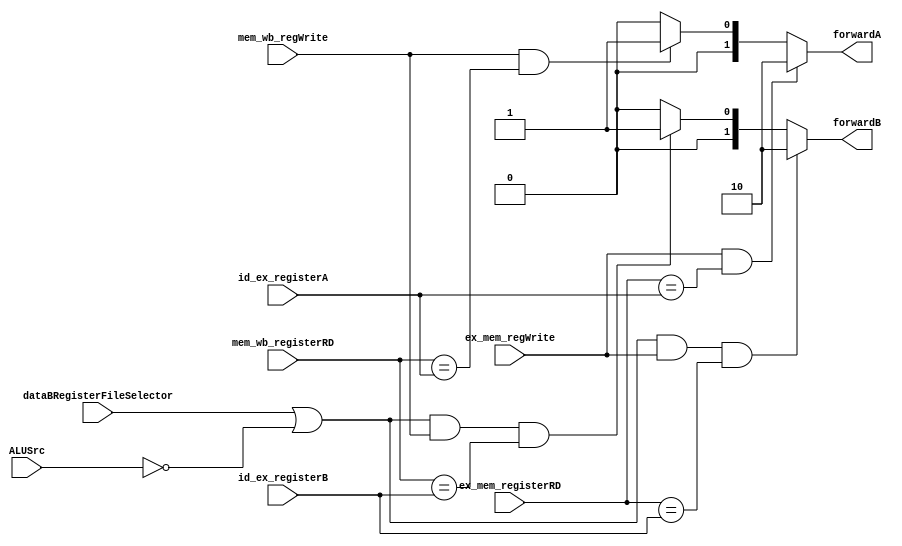
// Forwarding Unit
module FU(
	ex_mem_regWrite,
	ex_mem_registerRD,
	mem_wb_regWrite,
	mem_wb_registerRD,
	id_ex_registerA,
	id_ex_registerB,
	ALUSrc,
	dataBRegisterFileSelector,
	forwardA,
	forwardB
);

input ex_mem_regWrite, mem_wb_regWrite, ALUSrc, dataBRegisterFileSelector;
input [3:0] ex_mem_registerRD, mem_wb_registerRD;
input [3:0] id_ex_registerA, id_ex_registerB;
output [1:0] forwardA;
output [1:0] forwardB;

assign forwardA = ((ex_mem_regWrite && (ex_mem_registerRD == id_ex_registerA)) ? 2'b10
		:  (mem_wb_regWrite && (mem_wb_registerRD == id_ex_registerA)) ? 2'b01
		:  2'b00);

assign forwardB = (((dataBRegisterFileSelector == 1'b1 || ALUSrc == 1'b0) && ex_mem_regWrite && (ex_mem_registerRD == id_ex_registerB)) ? 2'b10 
		:  ((dataBRegisterFileSelector == 1'b1 || ALUSrc == 1'b0) && mem_wb_regWrite && (mem_wb_registerRD == id_ex_registerB)) ? 2'b01
		:  2'b00);

endmodule